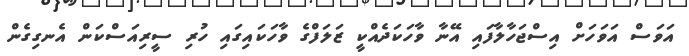
އަވަސް އަވަހަށް އިސްޖަހާލާފައި އޭނާ ވާހަކަދެއްކީ ޒަލަފްގެ ވާހަކައިގައި ހުރި ސީރިއަސްކަން އެނގިގެން